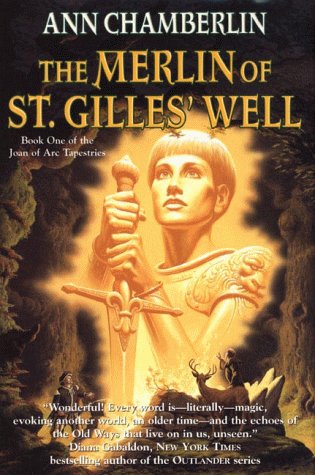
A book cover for The Merlin of St. Gilles' Well (Joan of Arc Tapestries, Book 1); Ann Chamberlin; Science Fiction & Fantasy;